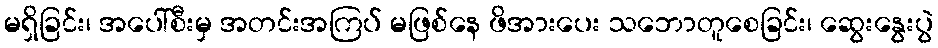
မရှိခြင်း၊ အပေါ်စီးမှ အတင်းအကြပ် မဖြစ်နေ ဖိအားပေး သဘောတူစေခြင်း၊ ဆွေးနွေးပွဲ